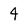
Character: 4